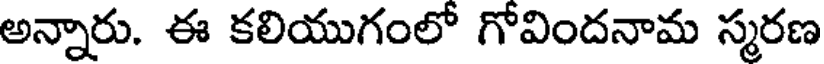
అన్నారు. ఈ కలియుగంలో గోవిందనామ స్మరణ